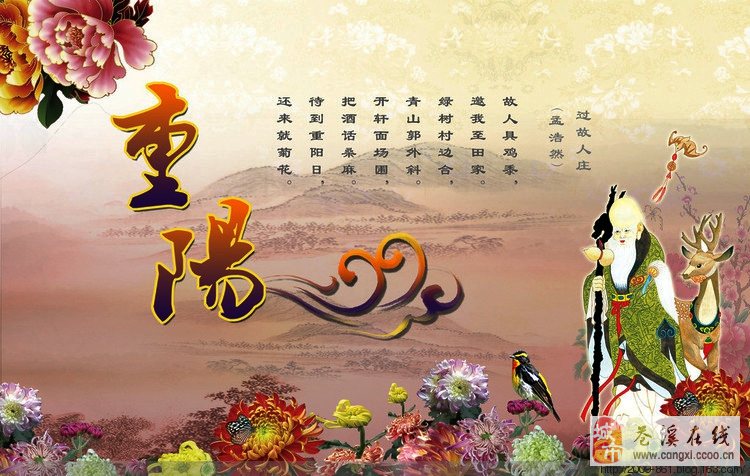
重九开秋节，得一动宸仪。